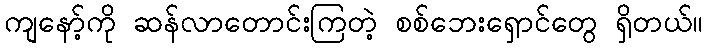
ကျနော့်ကို ဆန်လာတောင်းကြတဲ့ စစ်ဘေးရှောင်တွေ ရှိတယ်။